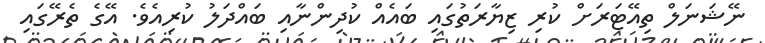
ނޭޝަނަލް ތިއޭޓަރަށް ކުރި ޒިޔާރަތުގައި ބައެއް ކުދިންނާއި ބައްދަލު ކުރިއެވެ. އޭގެ ތެރޭގައި